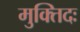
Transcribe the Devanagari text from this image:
मुक्तिदः